Lunatic asylums Central Provinces reports 1874-1885 - 1874-1885
Year: 1874
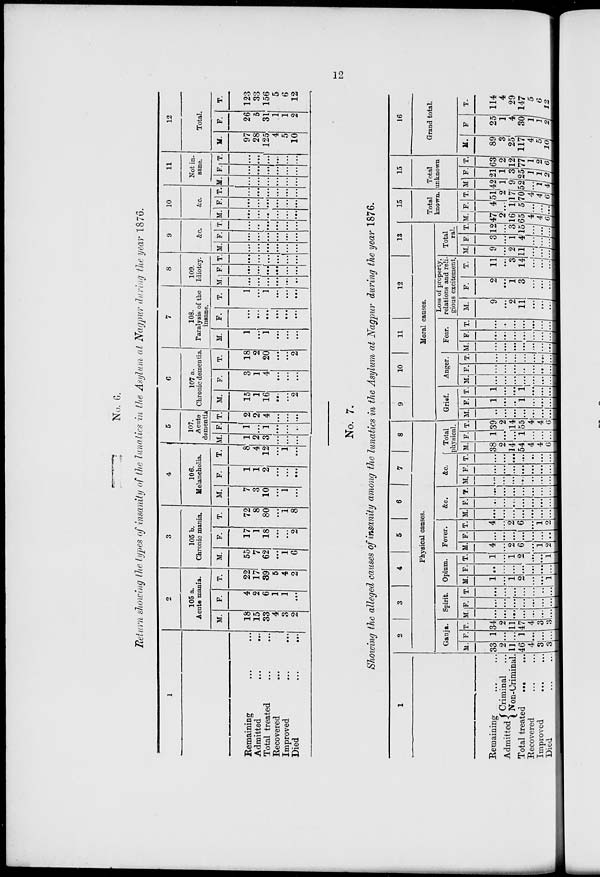
12
No. 6.
Return showing the types of Insanity of the lunatics in the Asylum at Nagpur during the year 1876.
1
Remaining ... ...
Admitted
...
...
Total treated
...
...
Recovered ... ...
Improved
...
...
Died
...
...
2
105 a.
Acute mania.
M.
18
15
33
4
3
2
F.
4
2
6
1
1
...
T.
22
17
39
5
4
2
3
105 b.
Chronic mania.
M.
55
7
62
...
1
6
F.
17
1
18
...
...
2
T.
72
8
80
...
1
8
4
106.
Melancholia.
M.
7
3
10
...
1
...
F.
1
1
2
...
...
...
T.
8
4
12
...
1
...
5
107.
Acute
dementia
M.
1
2
3
...
...
...
F.
1
...
1
...
...
...
T.
2
2
4
...
...
...
6
107 a.
Chronic dementia.
M.
15
1
16
...
...
2
F.
3
1
4
...
...
...
T.
18
2
20
...
...
2
7
108.
Paralysis of the
insane.
M.
1
...
1
...
...
...
F.
...
...
...
...
...
...
T.
1
...
1
...
...
...
8
109.
Idiotcy.
M.
...
...
...
...
...
...
F.
...
...
...
...
...
...
T.
...
...
...
...
...
...
9
&c.
M.
...
...
...
...
...
...
F.
...
...
...
...
...
...
T.
...
...
...
...
...
...
10
&c.
M.
...
...
...
...
...
...
F.
...
...
...
...
...
...
T.
...
...
...
...
...
...
11
Not in-
sane.
M.
...
...
...
...
...
...
F.
...
...
...
...
...
...
T.
...
...
...
...
...
...
12
Total.
M.
97
28
125
4
5
10
F.
26
5
31
1
1
2
T.
123
33
156
5
6
12
No. 7.
Showing the alleged causes of insanity among the lunatics in the Asylum at Nagpur during the year 1876.
1
Remaining ... ...
Admitted Criminal ...
Non-Criminal.
Total treated ... ...
Recovered ... ...
Improved ... ...
Died
...
...
2
3
4
5
6
7
8
Physical causes.
Ganja.
M.
33
2
11
46
4
3
3
F.
1
...
...
1
...
...
...
T.
34
2
11
47
4
3
3
Spirit.
M.
...
...
...
...
...
...
...
F.
...
...
...
...
...
...
...
T.
...
...
...
...
...
...
...
Opium.
M.
1
...
1
2
...
...
1
F.
...
...
...
...
...
...
...
T.
1
...
1
2
...
...
1
Fever.
M.
4
...
2
6
...
1
2
F.
...
...
...
...
...
...
...
T.
4
...
2
6
...
1
2
&c.
M.
...
...
...
...
...
...
...
F.
...
...
...
...
...
...
...
T.
...
...
...
...
...
...
...
&c.
M.
...
...
...
...
...
...
...
F.
...
...
...
...
...
...
...
T.
...
...
...
...
...
...
...
Total
physical.
M.
38
2
14
54
4
4
6
F.
1
...
...
1
...
...
...
T.
39
2
14
55
4
4
6
9
10
11
12
13
Moral causes.
Grief.
M.
...
...
...
...
...
...
...
F.
1
...
...
1
...
...
...
T.
1
...
...
1
...
...
...
Anger.
M.
...
...
...
...
...
...
F.
...
...
...
...
...
...
...
T.
...
...
...
...
...
...
...
Fear.
M.
...
...
...
...
...
...
...
F.
...
...
...
...
...
...
...
T.
...
...
...
...
...
...
...
Loss of property,
relations and reli-
gious excitement.
M.
9
...
2
11
...
...
...
F.
2
...
1
3
...
...
...
T.
11
...
3
14
... ... ...
Total
ral.
M.
9
...
2
11
...
...
...
F.
3
...
1
4
...
...
...
T.
12
...
3
15
...
...
...
15
Total
known.
M.
47
2
16
65
4
4
6
F.
4
...
1
5
...
...
...
T.
51
2
17
70
4
4
6
15
Total
unknown
M
42
1
9
52
...
1
4
F.
21
1
3
25
1
1
2
T.
63
2
12
77
1
2
6
16
Grand total.
M.
89
3
25
117
4
5
10
F.
25
1
4
30
1
1
2
T.
114
4
29
147
5
6
12